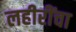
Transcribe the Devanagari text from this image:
लहीरींचा